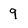
Character: 9